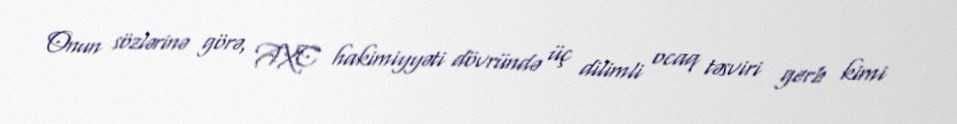
Onun sözlərinə görə, AXC hakimiyyəti dövründə üç dilimli ocaq təsviri gerb kimi